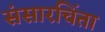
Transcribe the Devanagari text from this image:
संसारचिंता